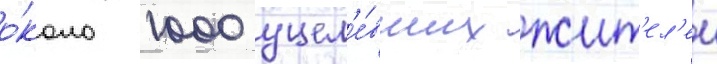
о́коло 1000 уцел'е́вших жит'ел'еи